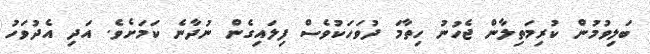
ބަލިވުމުން ކުރިމަތިލާން ޖެހުނު ހިތާމަ ދުވަހަކުވެސް ފިލައިގެން ނުދާނެ ކަމަށެވެ. އަދި އެދުވަހު